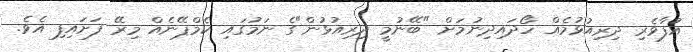
އުފާވެރި ދިރިއުޅުމެއް ހޯދައިދިނުމަށް "ބޭނުމީ ދިރިއުޅުން"ގެ ނަމުގައި ކެމްޕޭނެއް މިރޭ ފަށައިފި އެވެ.